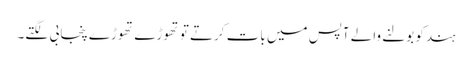
ہندکو بولنے والے آپس میں بات کرتے تو تھوڑے تھوڑے پنجابی لگتے۔